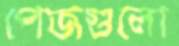
পেজগুলো